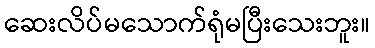
ဆေးလိပ်မသောက်ရုံမပြီးသေးဘူး။